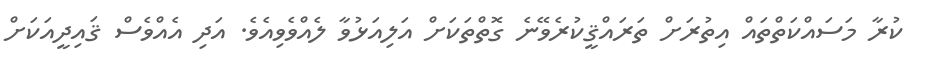
ކުރާ މަސައްކަތްތައް އިތުރަށް ތަރައްޤީކުރެވޭނެ ގޮތްތަކަށް އަލިއަޅުވާ ލެއްވެވިއެވެ. އަދި އެއްވެސް ޤައިދީއަކަށް